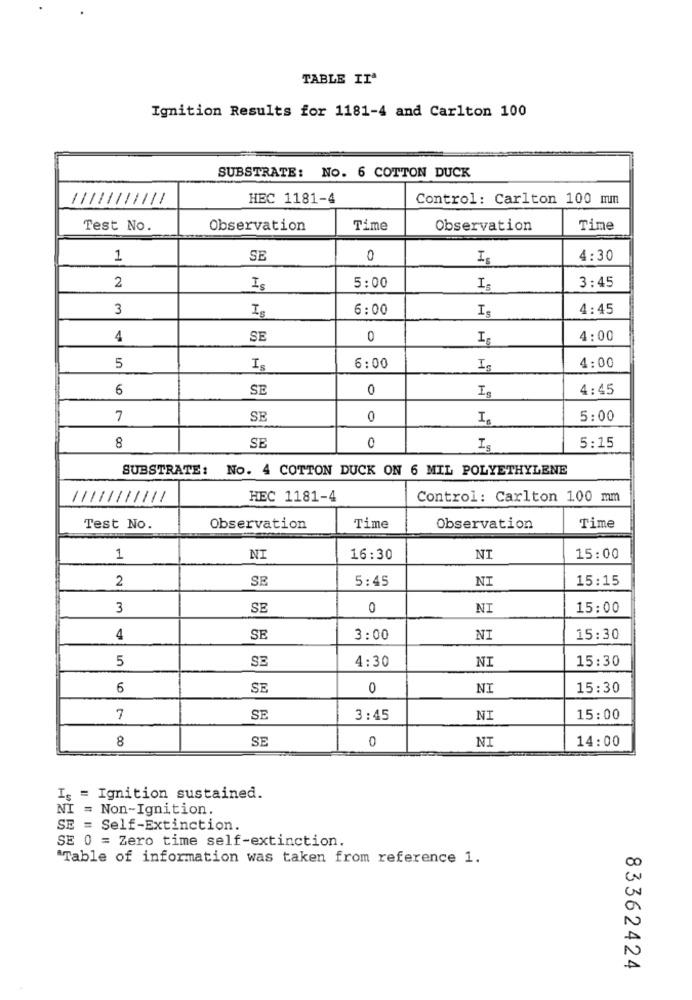
TABLE IIª
Ignition Results for 1181-4 and Carlton 100
SUBSTRATE: NO. 6 COTTON DUCK
-
HEC 1181-4
Control: Carlton 100 mm
Test No.
Observation
Time
Observation
Time
1
SE
0
Is
4:30
2
5:00
Is
Is
3:45
3
6:00
4:45
Is
4
SE
0
H
4:00
5
Is
6:00
Is
4:00
6
SE
0
H
4:45
7
SE
0
5:00
8
5:15
SE
0
Is
SUBSTRATE :
No. 4 COTTON DUCK ON 6 MIL POLYETHYLENE
HEC 1181-4
Control: Carlton 100 mm
Test No.
Observation
Time
Observation
Time
1
16:30
NI
15:00
2
SE
5:45
NI
15:15
3
SE
0
NI
15:00
4
SE
3:00
NI
15:30
5
SE
4:30
NI
15:30
6
SE
0
NI
15:30
7
SE
3:45
NI
15:00
8
SE
0
NT
14:00
Is = Ignition sustained.
NI = Non-Ignition.
SE = Self-Extinction.
SE 0 = Zero time self-extinction.
"Table of information was taken from reference 1.
83362424